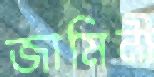
জামিনী